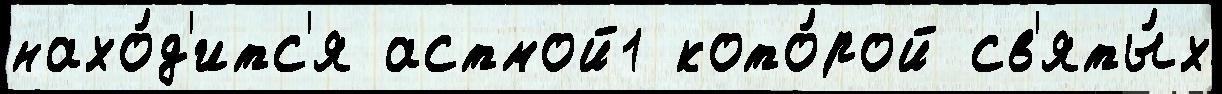
нахо́д'итс'я астмой1 кото́рой св'яты́х